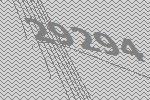
29294